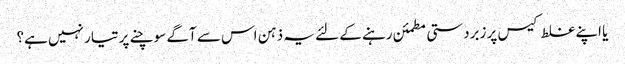
یا اپنے غلط کیس پر زبردستی مطمئن رہنے کے لئے یہ ذہن اس سے آگے سوچنے پر تیار نہیں ہے؟